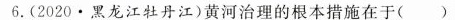
6.(2020·黑龙江牡丹江)黄河治理的根本措施在于()